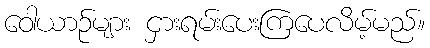
ဝေါယာဉ်များ ငှားရမ်းပေးကြပေလိမ့်မည်။